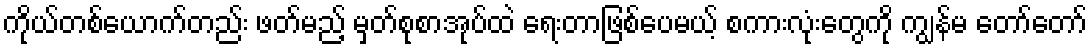
ကိုယ်တစ်ယောက်တည်း ဖတ်မည့် မှတ်စုစာအုပ်ထဲ ရေးတာဖြစ်ပေမယ့် စကားလုံးတွေကို ကျွန်မ တော်တော်